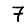
Digit: 7